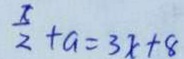
\frac { x } { 2 } + a = 3 x + 8